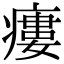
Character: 瘻